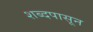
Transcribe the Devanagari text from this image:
शब्दपासून